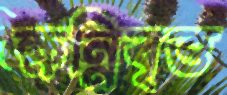
ক্ষন্নিবৃত্ত